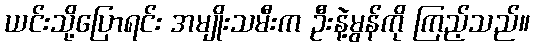
ယင်းသို့ပြောရင်း အမျိုးသမီးက ဦးနဲ့မွန်ကို ကြည့်သည်။